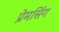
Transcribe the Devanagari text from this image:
प्रेमसिंग